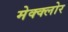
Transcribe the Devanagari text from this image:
मेक्क्लोर